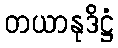
တယာနုဒိဋ္ဌံ